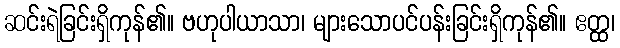
ဆင်းရဲခြင်းရှိကုန်၏။ ဗဟုပါယာသာ၊ များသောပင်ပန်းခြင်းရှိကုန်၏။ ဧတ္ထ၊